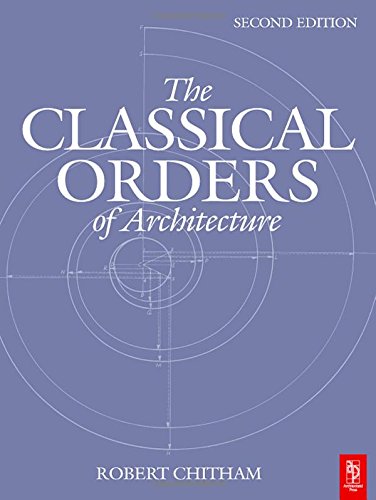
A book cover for The Classical Orders of Architecture; Robert Chitham; Arts & Photography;